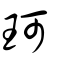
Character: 珂